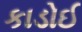
કાડોઈ